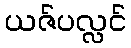
ယဇ်ပလ္လင်